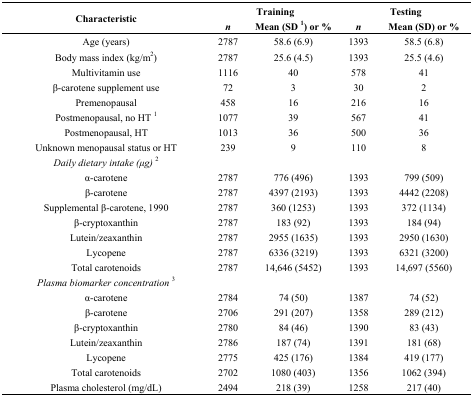
| <ROWSPAN=2> Characteristic | <COLSPAN=2> Training | <COLSPAN=2> Testing |
 | n | Mean (SD 1) or % | n | Mean (SD) or % |
 | --- | --- | --- | --- | --- |
 | Age (years) | 2787 | 58.6 (6.9) | 1393 | 58.5 (6.8) |
 | Body mass index (kg/m2) | 2787 | 25.6 (4.5) | 1393 | 25.5 (4.6) |
 | Multivitamin use | 1116 | 40 | 578 | 41 |
 | β-carotene supplement use | 72 | 3 | 30 | 2 |
 | Premenopausal | 458 | 16 | 216 | 16 |
 | Postmenopausal, no HT 1 | 1077 | 39 | 567 | 41 |
 | Postmenopausal, HT | 1013 | 36 | 500 | 36 |
 | Unknown menopausal status or HT | 239 | 9 | 110 | 8 |
 | Daily dietary intake (μg)2 |  |  |  |  |
 | α-carotene | 2787 | 776 (496) | 1393 | 799 (509) |
 | β-carotene | 2787 | 4397 (2193) | 1393 | 4442 (2208) |
 | Supplemental β-carotene, 1990 | 2787 | 360 (1253) | 1393 | 372 (1134) |
 | β-cryptoxanthin | 2787 | 183 (92) | 1393 | 184 (94) |
 | Lutein/zeaxanthin | 2787 | 2955 (1635) | 1393 | 2950 (1630) |
 | Lycopene | 2787 | 6336 (3219) | 1393 | 6321 (3200) |
 | Total carotenoids | 2787 | 14,646 (5452) | 1393 | 14,697 (5560) |
 | Plasma biomarker concentration3 |  |  |  |  |
 | α-carotene | 2784 | 74 (50) | 1387 | 74 (52) |
 | β-carotene | 2706 | 291 (207) | 1358 | 289 (212) |
 | β-cryptoxanthin | 2780 | 84 (46) | 1390 | 83 (43) |
 | Lutein/zeaxanthin | 2786 | 187 (74) | 1391 | 181 (68) |
 | Lycopene | 2775 | 425 (176) | 1384 | 419 (177) |
 | Total carotenoids | 2702 | 1080 (403) | 1356 | 1062 (394) |
 | Plasma cholesterol (mg/dL) | 2494 | 218 (39) | 1258 | 217 (40) |